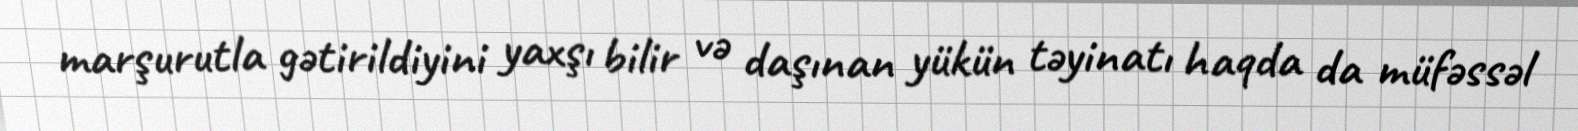
marşurutla gətirildiyini yaxşı bilir və daşınan yükün təyinatı haqda da müfəssəl